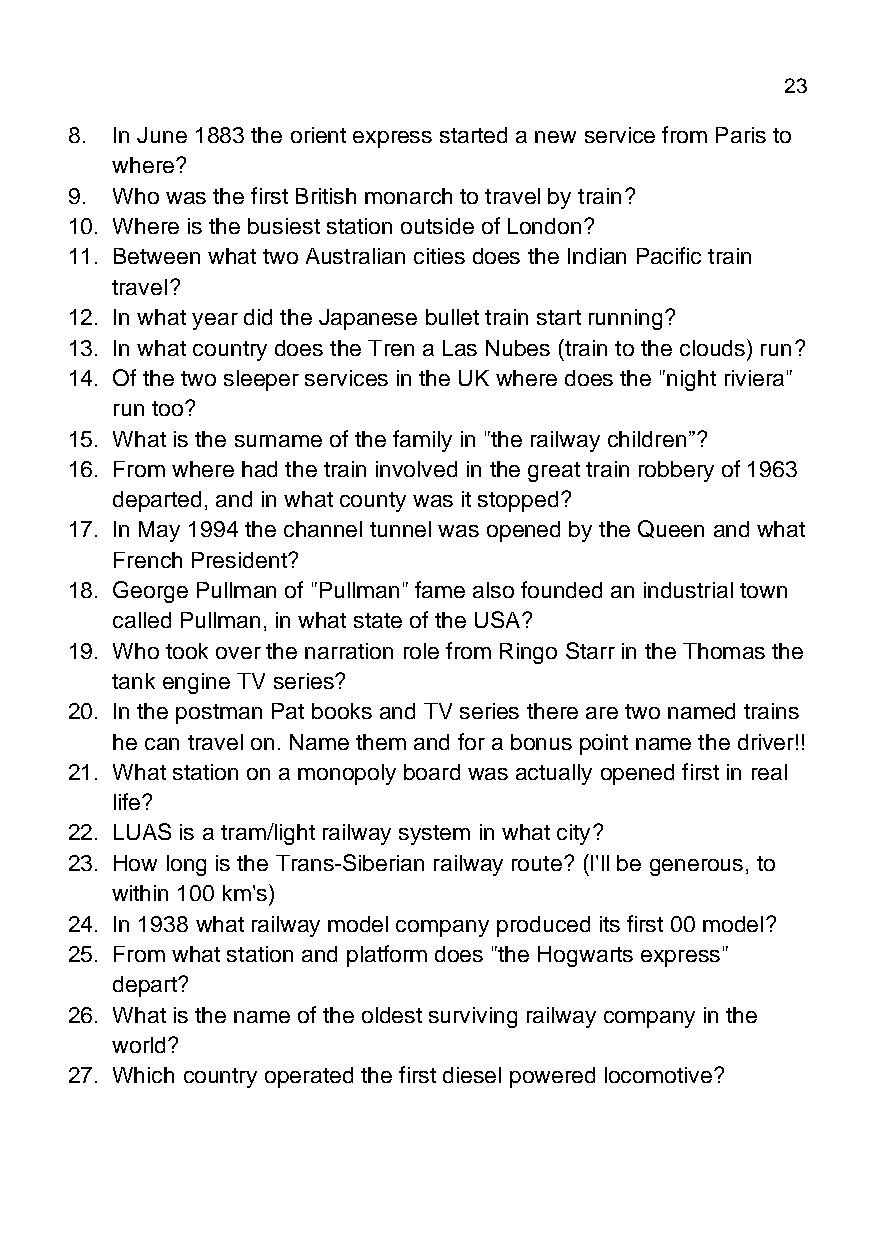
March 2021                                  Page 23
 8. In June 1883 the orient express started a new service from Paris to
 where?
 9. Who was the first British monarch to travel by train?
 10. Where is the busiest station outside of London?
 11. Between what two Australian cities does the Indian Pacific train
 travel?
 12. In what year did the Japanese bullet train start running?
 13. In what country does the Tren a Las Nubes (train to the clouds) run?
 14. Of the two sleeper services in the UK where does the "night riviera"
 run too?
 15. What is the surname of the family in "the railway children”?
 16. From where had the train involved in the great train robbery of 1963
 departed, and in what county was it stopped?
 17. In May 1994 the channel tunnel was opened by the Queen and what
 French President?
 18. George Pullman of "Pullman" fame also founded an industrial town
 called Pullman, in what state of the USA?
 19. Who took over the narration role from Ringo Starr in the Thomas the
 tank engine TV series?
 20. In the postman Pat books and TV series there are two named trains
 he can travel on. Name them and for a bonus point name the driver!!
 21. What station on a monopoly board was actually opened first in real
 life?
 22. LUAS is a tram/light railway system in what city?
 23. How long is the Trans-Siberian railway route? (I'll be generous, to
 within 100 km's)
 24. In 1938 what railway model company produced its first 00 model?
 25. From what station and platform does "the Hogwarts express"
 depart?
 26. What is the name of the oldest surviving railway company in the
 world?
 27. Which country operated the first diesel powered locomotive?